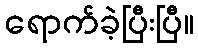
ရောက်ခဲ့ပြီးပြီ။